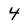
Character: 4